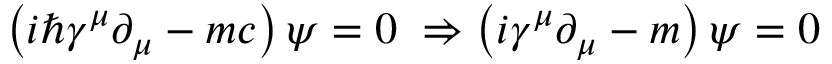
\left( i \hbar \gamma ^ { \mu } \partial _ { \mu } - m c \right) \psi = 0 \; \Rightarrow \left( i \gamma ^ { \mu } \partial _ { \mu } - m \right) \psi = 0